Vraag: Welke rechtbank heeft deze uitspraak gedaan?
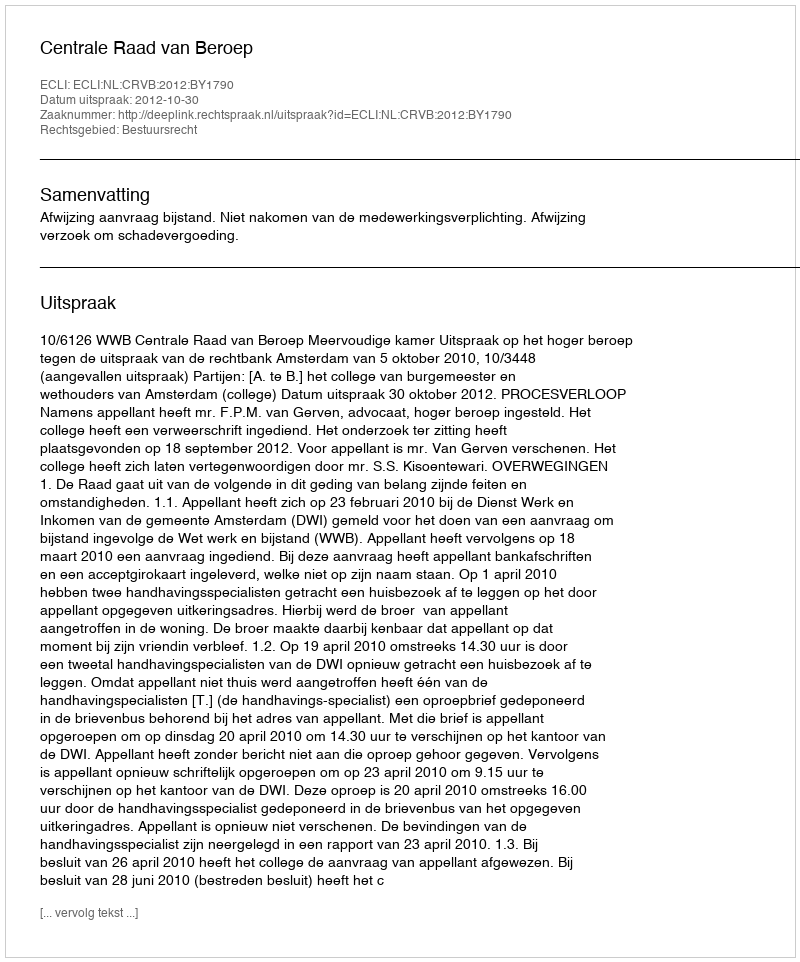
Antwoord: Centrale Raad van Beroep